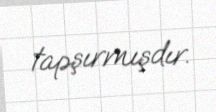
tapşırmışdır.